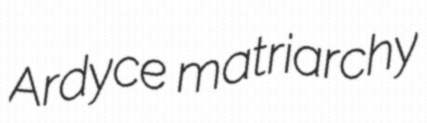
Ardyce matriarchy